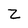
Character: Z